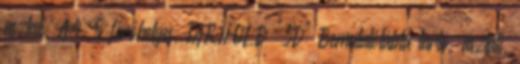
asztali, A4, 5 férőhelyes, TARIFOLD "3D" Bemutatótábla tartó, asztali,